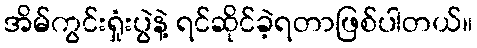
အိမ်ကွင်းရှုံးပွဲနဲ့ ရင်ဆိုင်ခဲ့ရတာဖြစ်ပါတယ်။